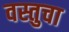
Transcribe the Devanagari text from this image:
वस्तुचा